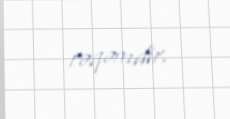
rəqəmdir.